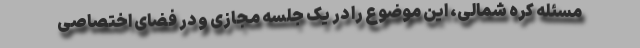
مسئله کره شمالی، این موضوع را در یک جلسه مجازی و در فضای اختصاصی